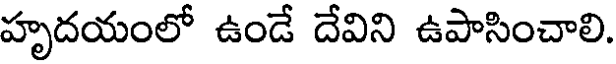
హృదయంలో ఉండే దేవిని ఉపాసించాలి.